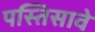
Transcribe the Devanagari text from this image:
पस्तिसावे